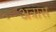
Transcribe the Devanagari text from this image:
अत्रास